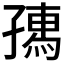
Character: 𡦗